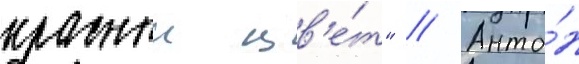
красныи цв'е́т" // Анто́н